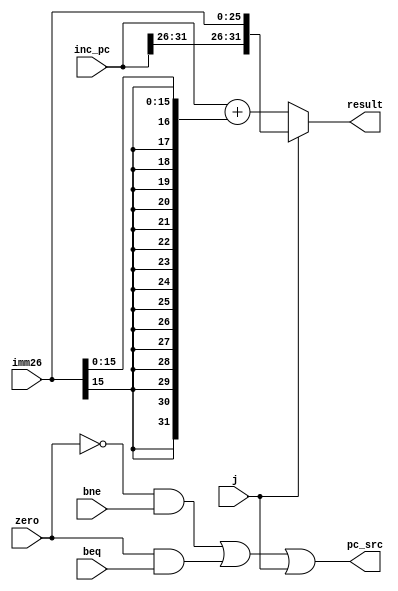
module next_pc	(input	[31:0]	inc_pc,
				 input	[25:0]	imm26,
				 input		zero, beq, bne, j,
				 output	[31:0]	result,
				 output		pc_src);

	reg 	[31:0]	se_result, adder, imm_pc;

	always @(*) begin
		se_result [15:0] <= imm26 [15:0];
		se_result [31:16] <= {16{imm26[15]}};
	end

	always @(*)
		adder <= inc_pc + se_result;

	always @(*) begin
		imm_pc [25:0] <= imm26;
		imm_pc [31:26] <= inc_pc [31:26];
	end 

	assign result = j ? imm_pc : adder;

	assign pc_src = (~zero & bne) | (zero & beq) | j;

endmodule